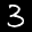
Label: 3